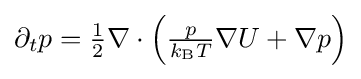
{\textstyle \partial _{t}p={\frac {1}{2}}\nabla \cdot \left({\frac {p}{k_{\text{B}}T}}\nabla U+\nabla p\right)}